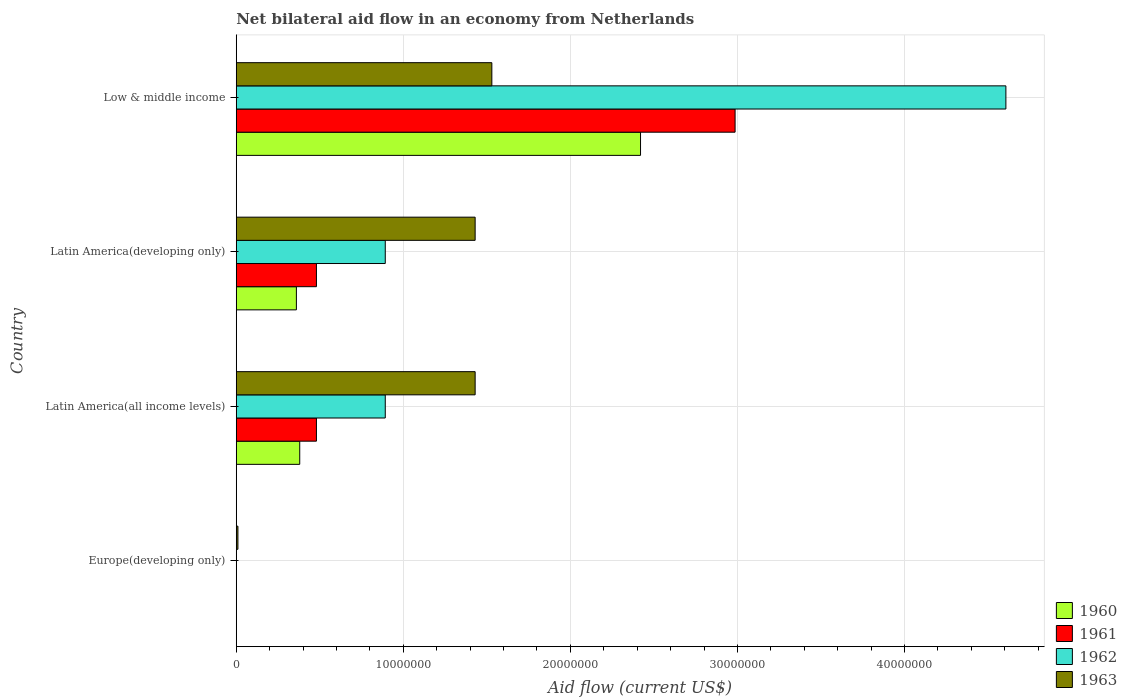
| Country | 1960 | 1961 | 1962 | 1963 |
 | --- | --- | --- | --- | --- |
 | Europe(developing only) | -1e+06 | -1.03e+06 | -6.1e+05 | 1e+05 |
 | Latin America(all income levels) | 3.8e+06 | 4.8e+06 | 8.92e+06 | 1.43e+07 |
 | Latin America(developing only) | 3.6e+06 | 4.8e+06 | 8.92e+06 | 1.43e+07 |
 | Low & middle income | 2.42e+07 | 2.99e+07 | 4.61e+07 | 1.53e+07 |